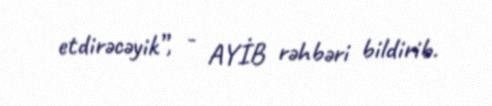
etdirəcəyik”, - AYİB rəhbəri bildirib.